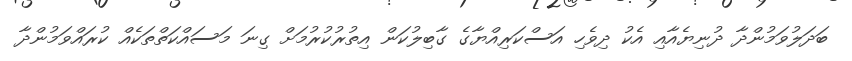
ބަދަލުވަމުންދާ ދުނިޔެއާއި އެކު ދިވެހި އަސްކަރިއްޔާގެ ގާބިލުކަން އިތުރުކުރުމަށް ގިނަ މަސައްކަތްތަކެއް ކުރައްވަމުންދާ